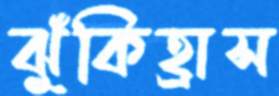
ঝুঁকিহ্রাস